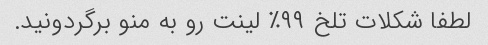
لطفا شکلات تلخ ۹۹٪ لینت رو به منو برگردونید.